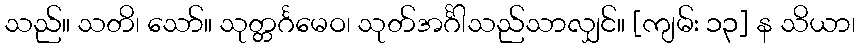
သည်။ သတိ၊ သော်။ သုတ္တင်္ဂမေဝ၊ သုတ်အင်္ဂါသည်သာလျှင်။ [ကျမ်း ၁၃] န သိယာ၊